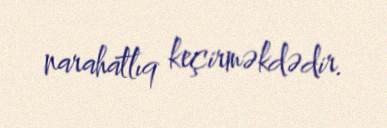
narahatlıq keçirməkdədir.